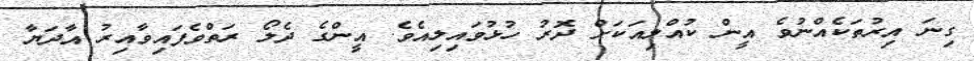
ގިނަ އިރުތަކެއްނުވެ އީން ކުއްލިއަކަށް ދޮރު ހުޅުވައިލިއެވެ. އީންގެ ދެލޯ ރަތްވެފައިވާއިރު އާދަޔާ